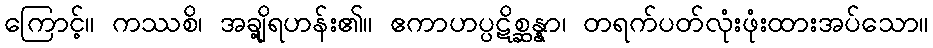
ကြောင့်။ ကဿစိ၊ အချို့ရဟန်း၏။ ဧကာဟပ္ပဋိစ္ဆန္နာ၊ တရက်ပတ်လုံးဖုံးထားအပ်သော။